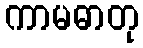
ကာမဓာတု